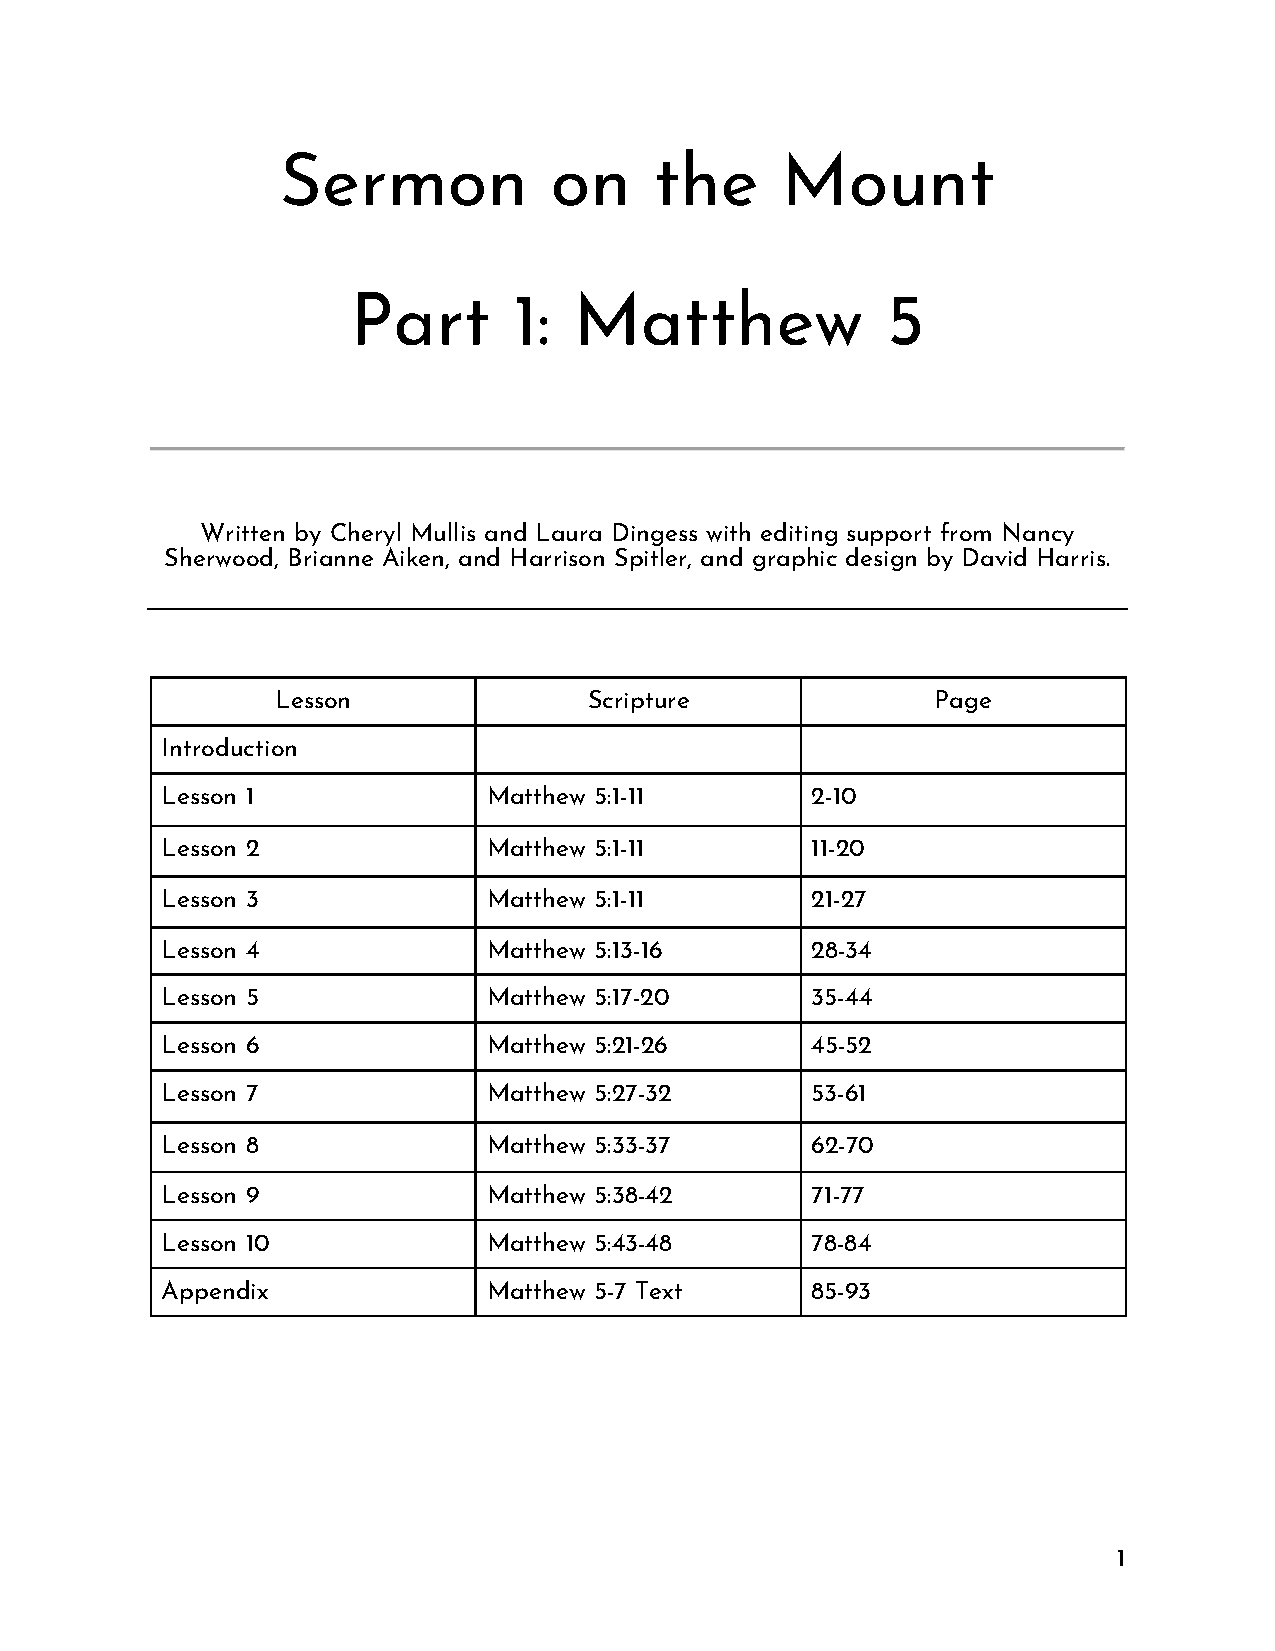
Sermon           on     the      Mount
 Part       1:  Matthew              5
 Written by Cheryl Mullis and Laura Dingess with editing support from Nancy
 Sherwood, Brianne Aiken, and Harrison Spitler, and graphic design by David Harris.
 Lesson               Scripture              Page
 Introduction
 Lesson 1             Matthew 5:1-11        2-10
 Lesson 2             Matthew 5:1-11        11-20
 Lesson 3             Matthew 5:1-11        21-27
 Lesson 4             Matthew 5:13-16       28-34
 Lesson 5             Matthew 5:17-20       35-44
 Lesson 6             Matthew 5:21-26       45-52
 Lesson 7             Matthew 5:27-32       53-61
 Lesson 8             Matthew 5:33-37       62-70
 Lesson 9             Matthew 5:38-42       71-77
 Lesson 10            Matthew 5:43-48       78-84
 Appendix             Matthew 5-7 Text      85-93
 1